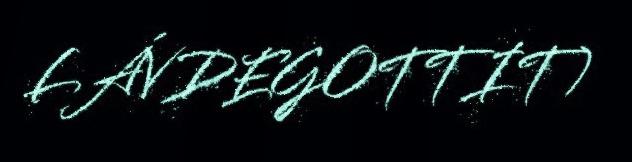
LÁVDEGOTTIT)